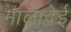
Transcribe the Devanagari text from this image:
मालादेई